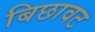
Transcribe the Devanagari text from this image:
बिछावट